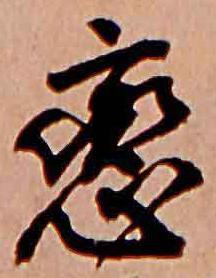
恋